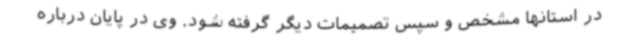
در استانها مشخص و سپس تصمیمات دیگر گرفته شود. وی در پایان درباره